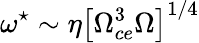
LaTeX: \omega^{\star}\sim\eta\left[\Omega_{ce}^{3}\Omega\right]^{1/4}